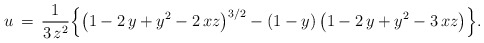
\begin{align*}u\,=\,\frac{1}{3\,z^2}\Big\{\big(1-2\,y+y^2-2\,xz\big)^{3/2}-(1-y)\,\big(1-2\,y+y^2-3\,xz\big)\Big\}.\end{align*}